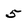
Character: 5